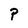
Character: P